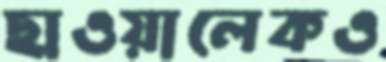
ছাওয়ালেকও